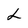
Character: L